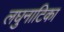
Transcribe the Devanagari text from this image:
लघुनाटिका